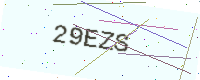
Text: 29EZS